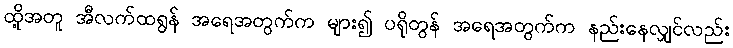
ထို့အတူ အီလက်ထရွန် အရေအတွက်က များ၍ ပရိုတွန် အရေအတွက်က နည်းနေလျှင်လည်း